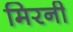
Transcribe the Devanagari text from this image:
मिरनी